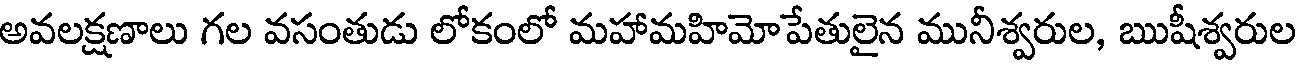
అవలక్షణాలు గల వసంతుడు లోకంలో మహామహిమోపేతులైన మునీశ్వరుల, ఋషీశ్వరుల